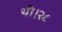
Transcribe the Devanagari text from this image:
थी।२८